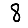
Digit: 8